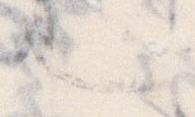
也